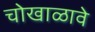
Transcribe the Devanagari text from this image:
चोखाळावे